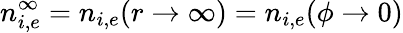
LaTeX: n_{i,e}^{\infty}=n_{i,e}(r\rightarrow\infty)=n_{i,e}(\phi\rightarrow 0)